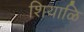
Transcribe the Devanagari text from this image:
शियाळि